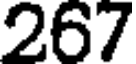
267